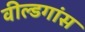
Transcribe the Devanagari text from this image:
वील्डगांस